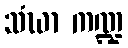
သံဃာ ကဏ္ဍ